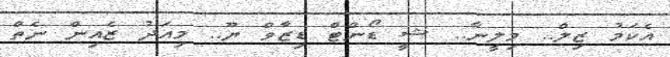
އެކަމު ޒިލް.. މިލީނާ.. ޝީ ޑޯންޓް ޑިޒާވް ޔޫ.. މިއަދު ޒެއިން ނެތް